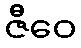
ဇီဝေ